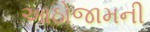
આઠોજામની